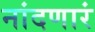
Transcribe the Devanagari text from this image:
नांदणारं